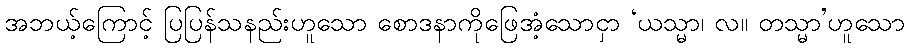
အဘယ့်ကြောင့် ပြပြန်သနည်းဟူသော စောဒနာကိုဖြေအံ့သောငှာ ‘ယသ္မာ၊ လ။ တသ္မာ’ဟူသော